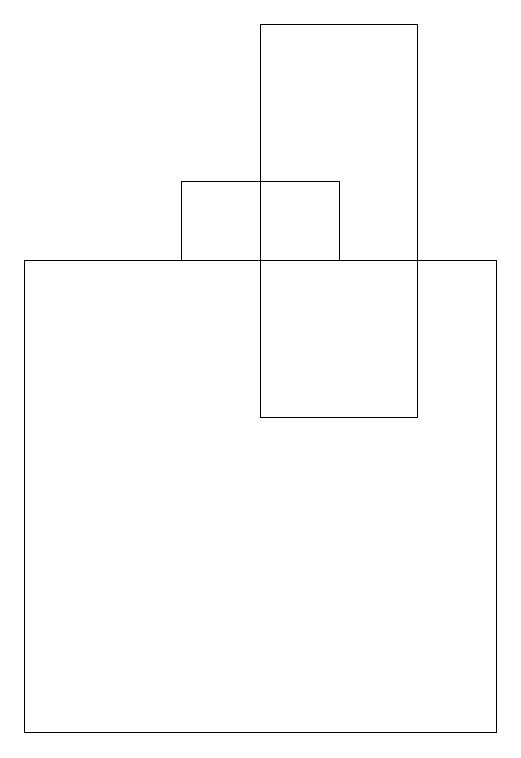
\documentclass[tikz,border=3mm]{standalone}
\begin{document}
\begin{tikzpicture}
\draw (3,17) rectangle (5,16);
\draw (6,19) rectangle (4,14);
\draw (1,10) rectangle (7,16);
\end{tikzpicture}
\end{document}